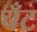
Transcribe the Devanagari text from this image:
चँट